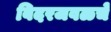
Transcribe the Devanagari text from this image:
बिदरजवळचे